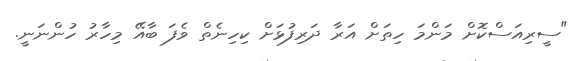
"ސީރިއަސްކޮށް މަންމަ ހިތަށް އަރާ ދަރިފުޅަށް ކިހިނެތް ވެފަ ބާއޭ މިހާރު ހުންނަނީ.